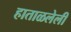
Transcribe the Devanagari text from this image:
हाताळलेली